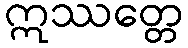
ဣဿတ္တေ